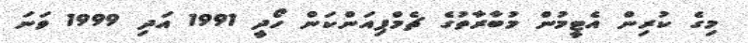
މިގެ ކުރިން އެޓީމުން މުބާރާތުގެ ޗެމްޕިއަންކަން ހޯދީ 1991 އަދި 1999 ވަނަ